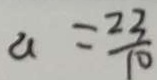
a = \frac { 2 3 } { 1 0 }